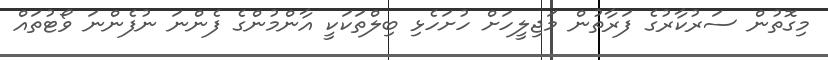
މިގޮތުން ސަރުކާރުގެ ފަރާތުން މަޖިލީހަށް ހުށަހެޅި ބިލްތަކަކީ އާންމުންގެ ފެންނަ ނުފެންނަ ވޯޓުތައް